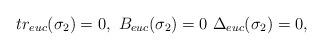
LaTeX: \begin{align*}tr_{euc} (\sigma_2) = 0, \ B_{euc} (\sigma_2) =0 \ \Delta_{euc} (\sigma_2) = 0, \end{align*}